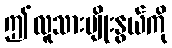
ဤလူသားမျိုးနွယ်ကို